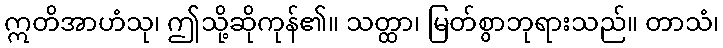
ဣတိအာဟံသု၊ ဤသို့ဆိုကုန်၏။ သတ္ထာ၊ မြတ်စွာဘုရားသည်။ တာသံ၊